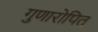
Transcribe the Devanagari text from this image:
गुणारोपित